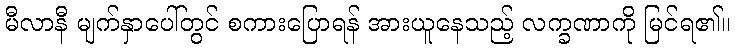
မီလာနီ မျက်နှာပေါ်တွင် စကားပြောရန် အားယူနေသည့် လက္ခဏာကို မြင်ရ၏။